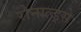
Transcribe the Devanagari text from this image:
रोनाल्ड्से